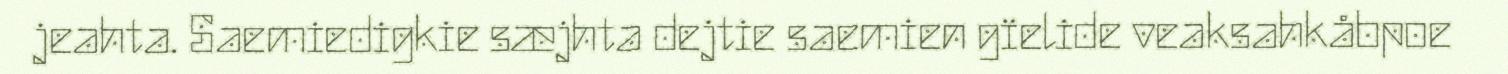
jeahta. Saemiedigkie sæjhta dejtie saemien gïelide veaksahkåbpoe